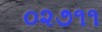
૦૨૭૧૧